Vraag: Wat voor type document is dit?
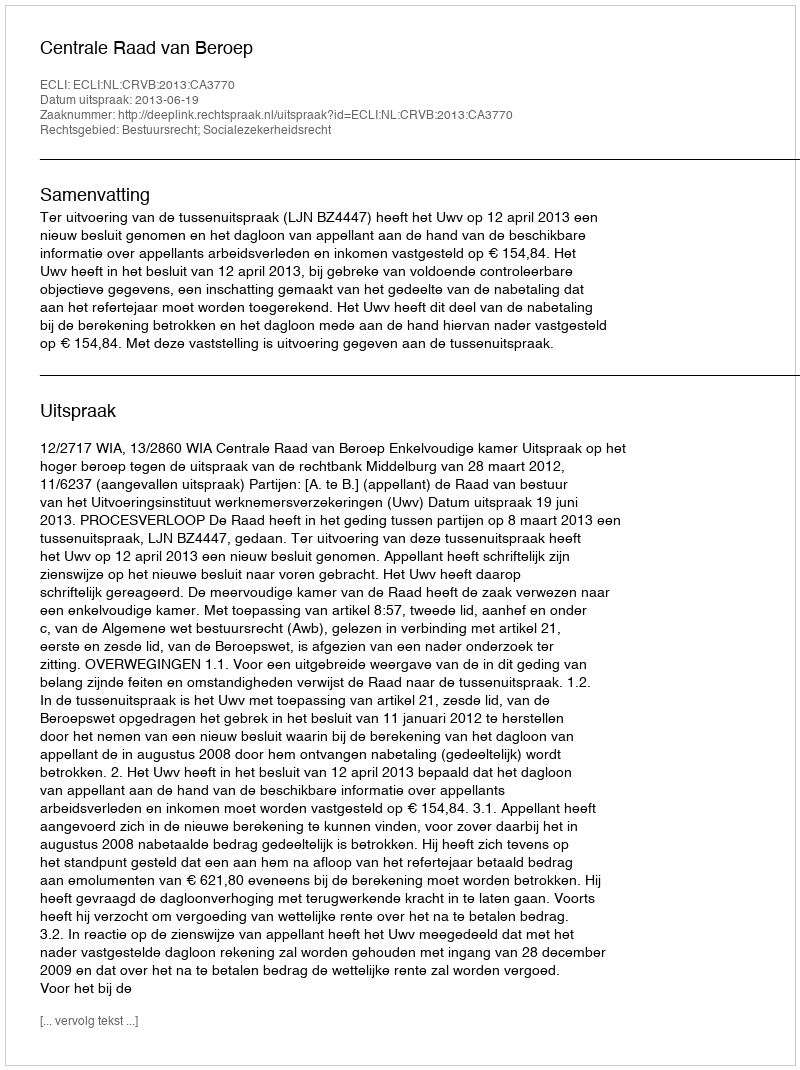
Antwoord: Uitspraak